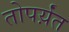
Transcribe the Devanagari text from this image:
तोपर्य़ंत